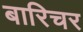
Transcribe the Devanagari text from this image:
बारिचर